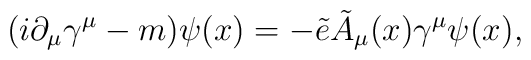
(i \partial_\mu \gamma^\mu - m) \psi(x) = -{\tilde e} {\tilde A}_\mu(x)   \gamma^\mu \psi(x),